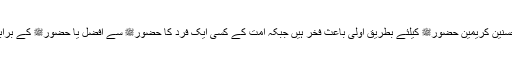
جب حضورﷺ کی امت حضورﷺ کیلئے باعث فخر ہے تو حسنین کریمین حضورﷺ کیلئے بطریق اولی باعث فخر ہیں جبکہ امت کے کسی ایک فرد کا حضورﷺ سے افضل یا حضورﷺ کے برابر ہونا بھی ممکن نہیں بلکہ حضورﷺ مطلقاً افضل الخلق ہیں۔